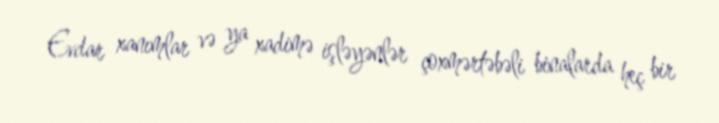
Evdar xanımlar və ya xadimə işləyənlər çoxmərtəbəli binalarda heç bir